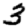
Digit: 3